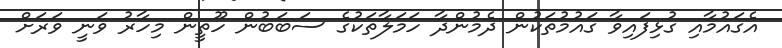
އެގައުމާއި ގުޅިފައިވާ ގައުމުތަކުން ދެމުންދާ ހަމަލާތަކުގެ ސަބަބުން ހޫތީން މިހާރު ވަނީ ވަރަށް